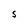
Character: S